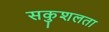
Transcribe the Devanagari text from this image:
सकुशलता